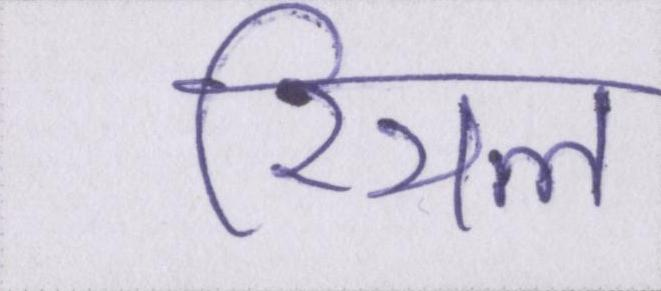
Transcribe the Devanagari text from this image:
रियल